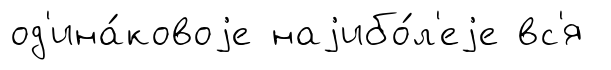
од'ина́ковоjе наjибо́л'еjе вс'я